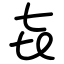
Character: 㐂